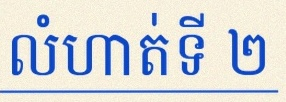
លំហាត់ទី ២